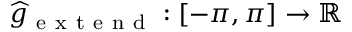
\widehat { g } _ { \mathrm { ~ e ~ x ~ t ~ e ~ n ~ d ~ } } : [ - \pi , \pi ] \to \mathbb { R }